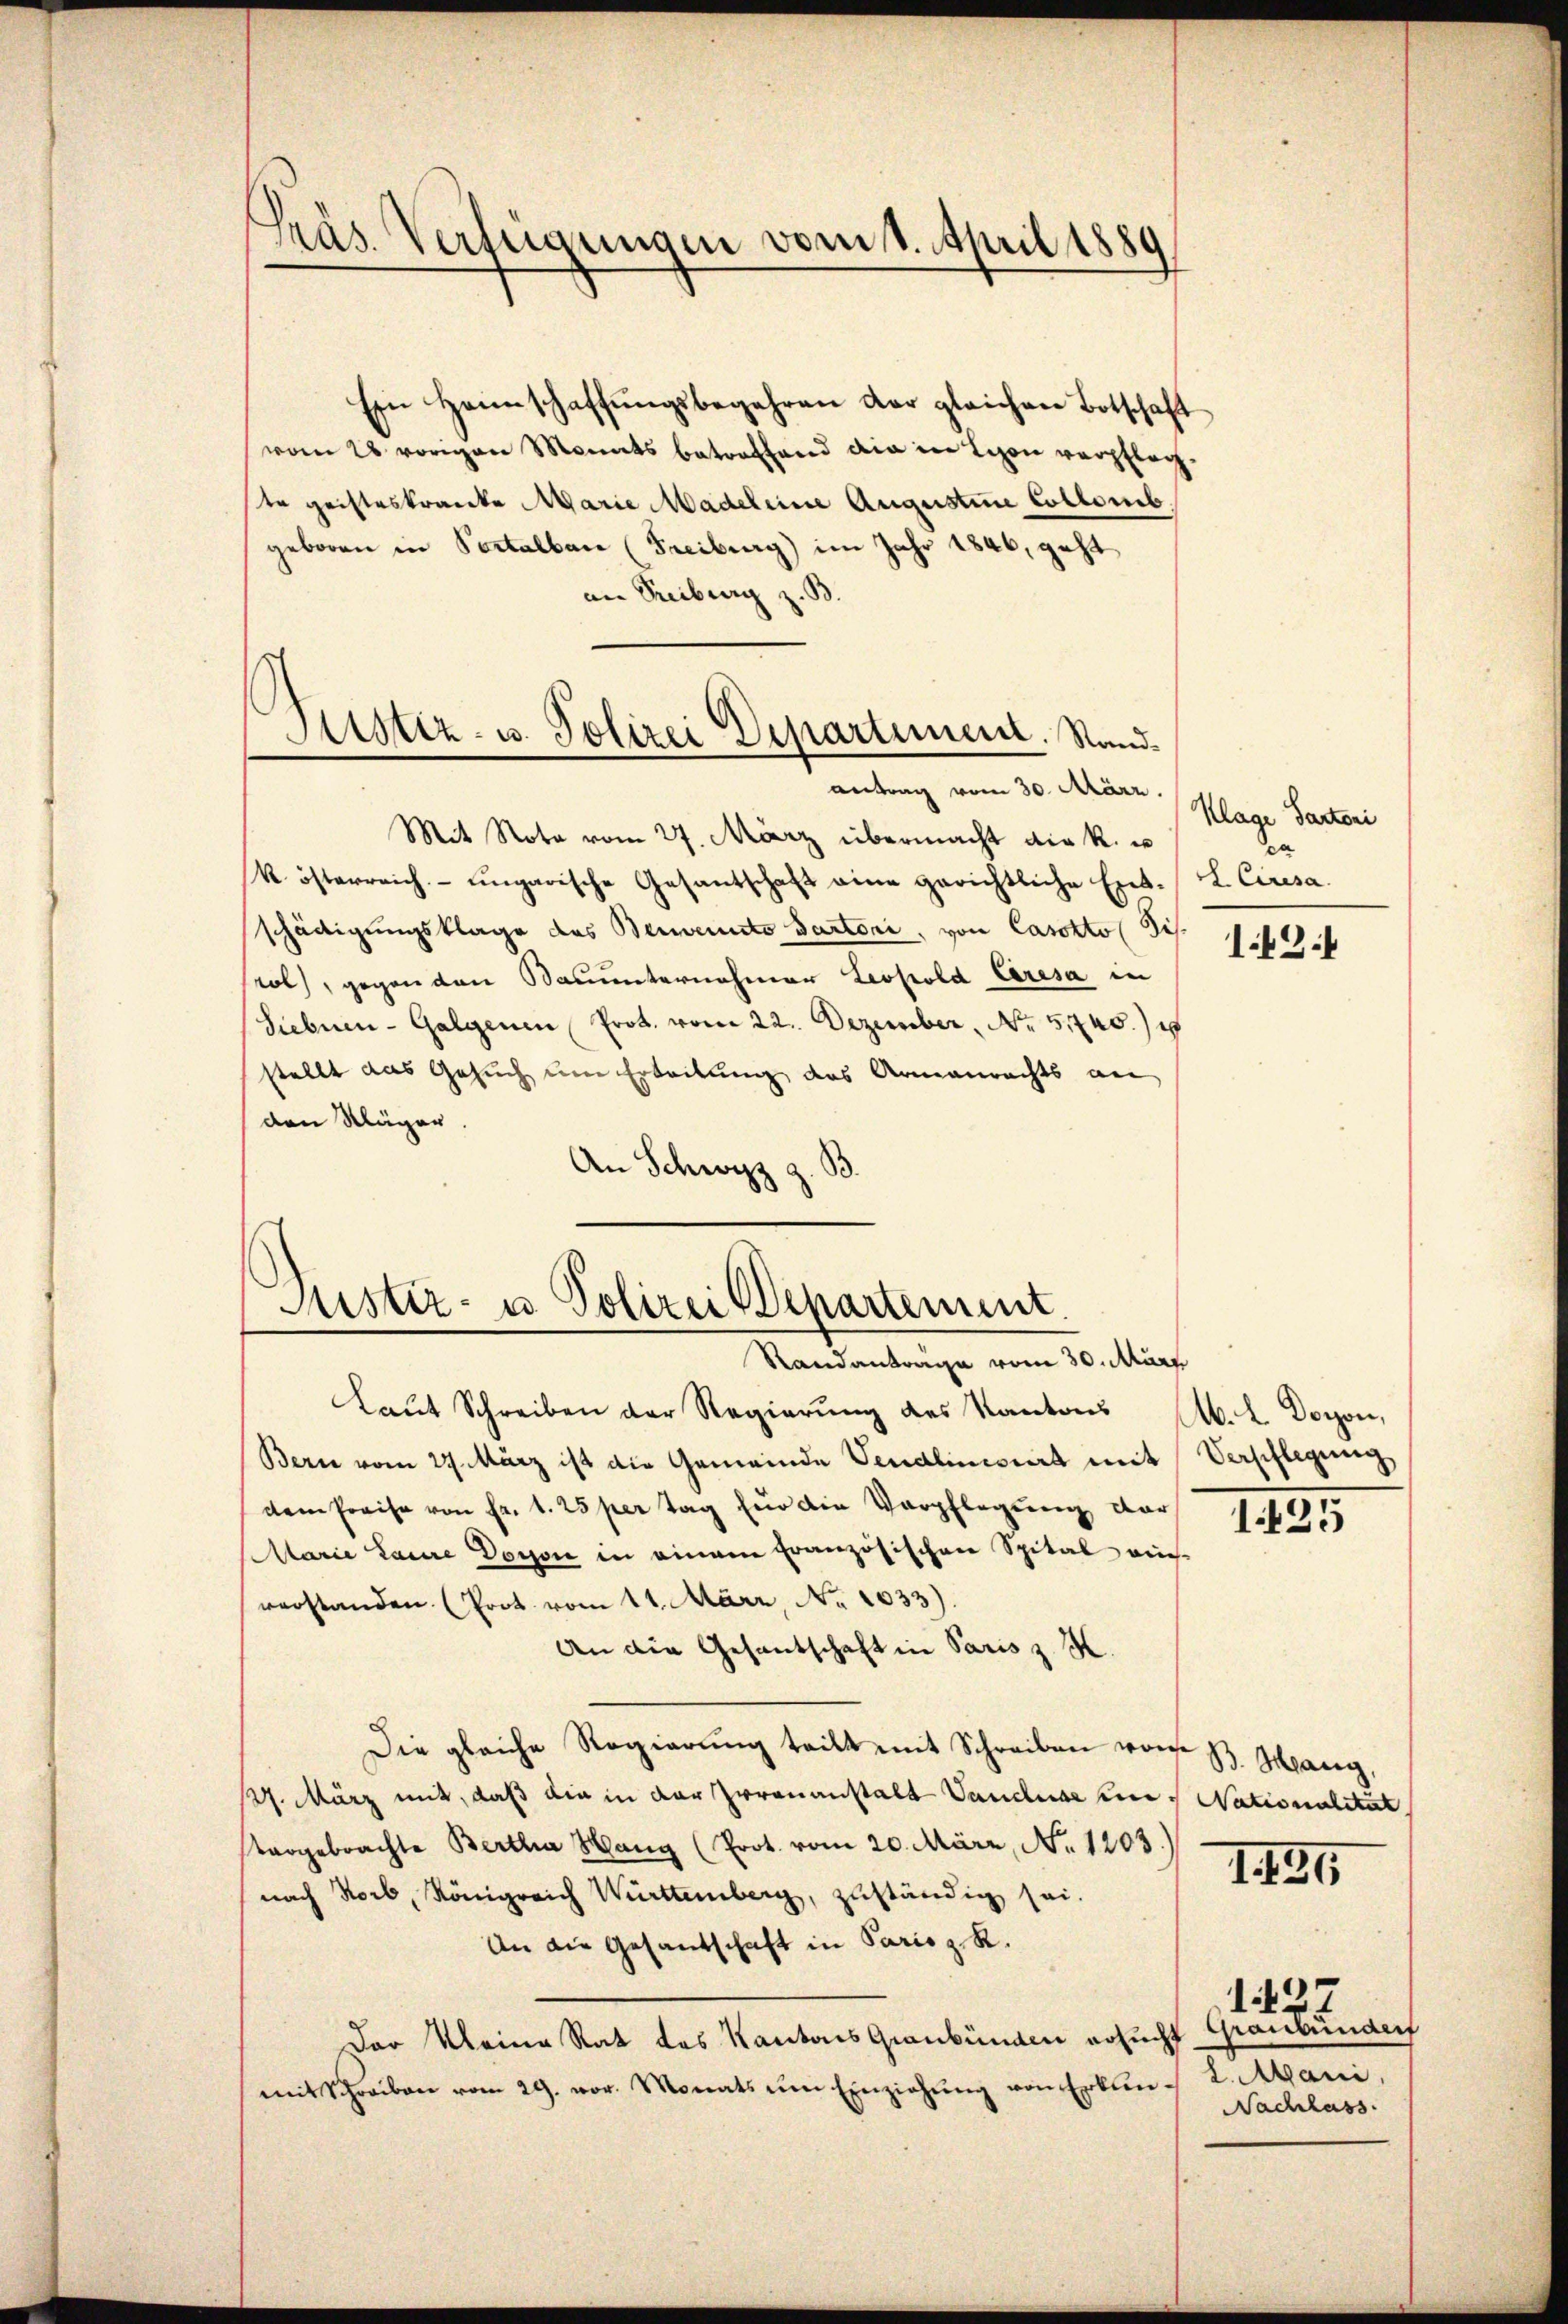
Präs. Verfügungen vom 1. April 1889

Ein Heinschaffŭngsbegehren der gleichen Botschaft
vom 28 vorigen Monats betreffend die in Lyon verpfleg
ste geisteskranke Marie Madeleine Augustine Collomb.
geboren in Portalban (Freiburg) im Jahr 1846, geht
an Treiburg z. B.
Mit Nota vom 27. März übermacht die k. u
k. österreich ungarische Gesantschaft eine gerichtliche Exet-
schädigungsklage des Benennte Partoni, von Casotto Sis
rol, gegen den Bauunternehmer Leopold Cresa in
Siebnen-Galgenen Prot. vom 22. Dezember, No. 51745.)
stellt das Gesuch um Erteilung des Armenrechts an
den Kläger.
.
An Schwyz z.

¬
Justiz- u. Polizei Departement. Sandantrag vom 30. März.

Justiz- u. Polizei Departement.
Randantrage vom 30. März

Laut Schreiben der Regierung des Kantons
Bern vom 27. März ist die Gemeinde Vendlinisiert mit Verpflegung
dem Preise von Fr. 1. 25 per Tag für die Verpflegung der
Marie Laure Dogon in einem französischen Spital aus-
verstanden (Prot. vom 11. März No. 1033).
An die Gesantschaft in Paris z. K.
Die gleiche Regierung teilt mit Schreiben worde
127. März mit, daß die in der Irrenanstalt Vandluge eines Nationalität
targebrachte Bertha Hang (Prot. vom 20. März, No. 1803.)
nach Horb, Königreich Württemberg, zuständig sei.
An die Gesandschaft in Parisz R.
Der Kleine Rat des Kantons Graubünden ersucht
mit Schreiben vom 29. vor. Monats ŭm Einziehŭng von Erben- 2. Mani,

e
.

Klage Partoni
ea
I. Ciresa

149.

M. L. Doron,

125

B. Hang,

1131

Graubunder
Nachlass

1